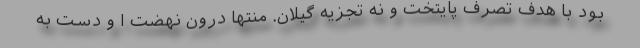
بود با هدف تصرف پایتخت و نه تجزیه گیلان. منتها درون نهضت ا و دست به